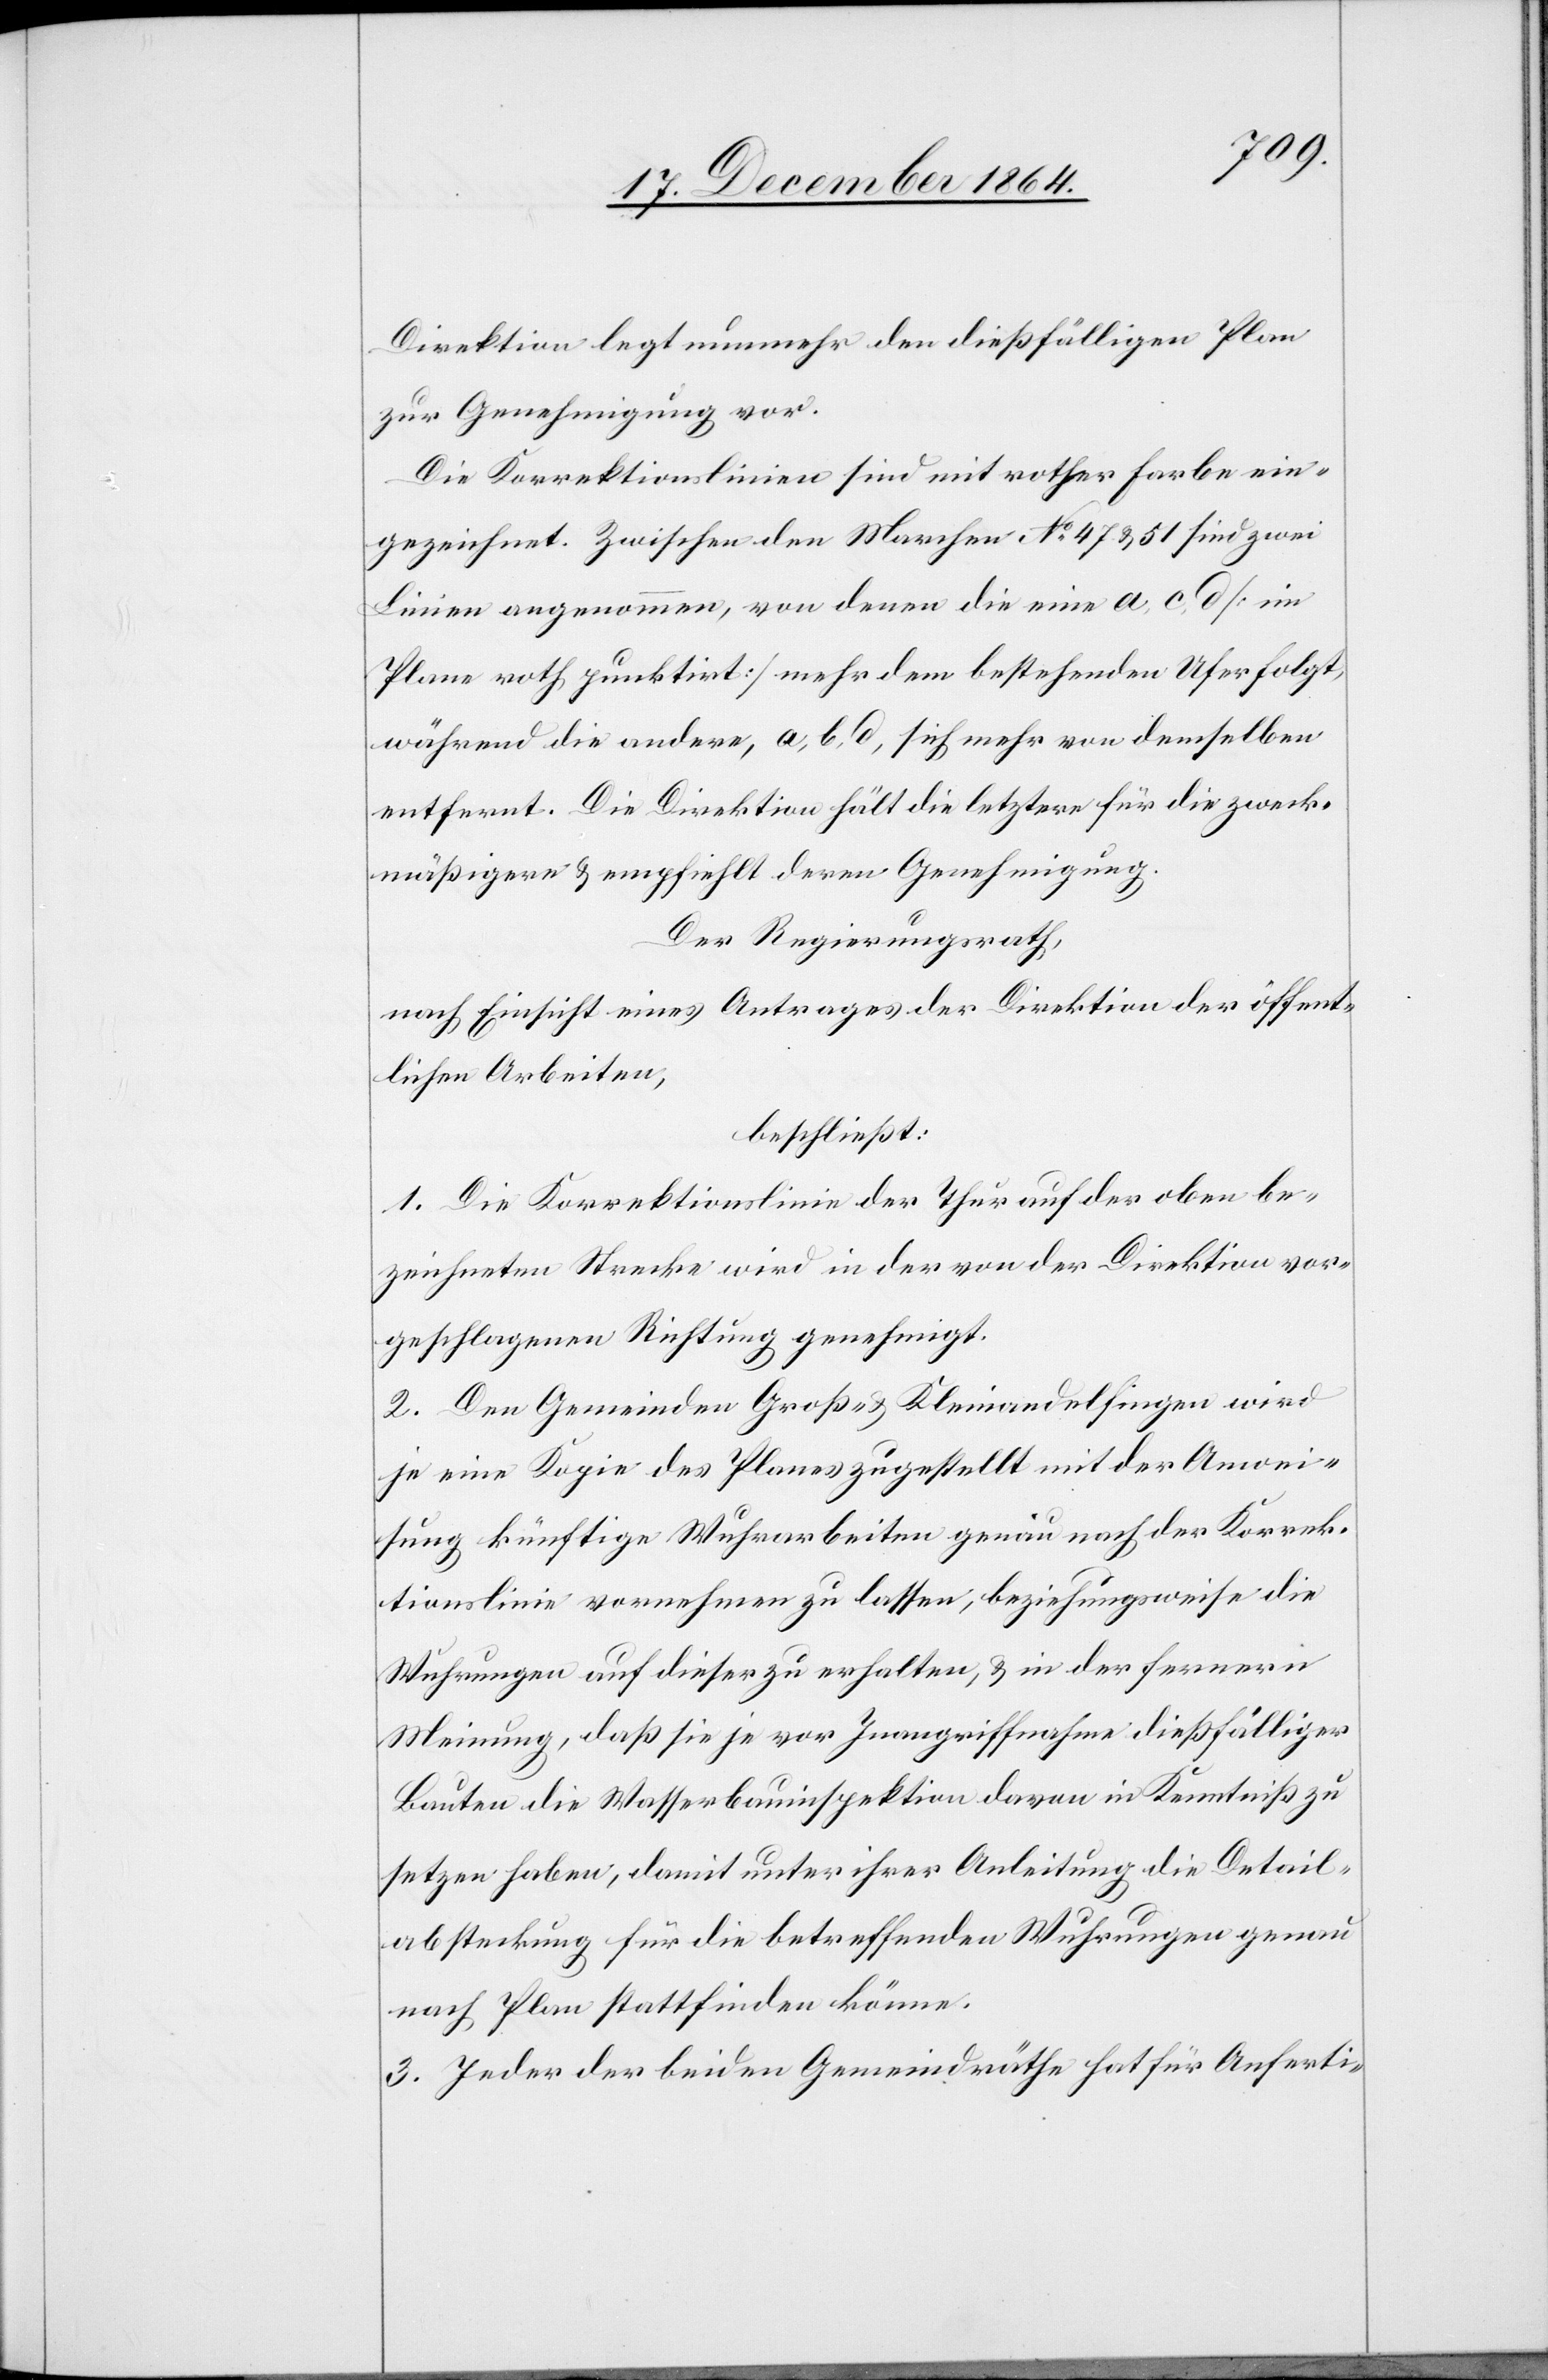
Direktion legt nunmehr den dießfälligen Plan
zur Genehmigung vor.
Die Korrektionslinien sind mit rother Farbe ein¬
gezeichnet. Zwischen den Marchen No 47 & 51 sind zwei
Linien angenommen, von denen die eine a, c, d [im
Plane roth punktirt] mehr dem bestehenden Ufer folgt,
während die andere, a, b, d, sich mehr von demselben
entfernt. Die Direktion hält letztere für die zweck¬
mäßigere & empfiehlt deren Genehmigung.
Der Regierungsrath,
nach Einsicht eines Antrages der Direktion der öffent¬
lichen Arbeiten,
beschließt:
1. Die Korrektionslinie der Thur auf der oben be¬
zeichneten Strecke wird in der von der Direktion vor¬
geschlagenen Richtung genehmigt.
2. Den Gemeinden Groß- & Kleinandelfingen wird
je eine Kopie des Planes zugestellt mit der Anwei¬
sung künftige Wuhrarbeiten genau nach der Korrek¬
tionslinie vornehmen zu lassen, beziehungsweise die
Wuhrungen auf dieser zu erhalten, & in der fernern
Meinung, daß sie je vor Inangriffnahme dießfälliger
Bauten die Wasserbauinspektion davon in Kenntniß zu
setzen haben, damit unter ihrer Anleitung die Detail¬
absteckung für die betreffenden Wuhrungen genau
nach Plan stattfinden könne.
3. Jeder der beiden Gemeindräthe hat für Anferti-